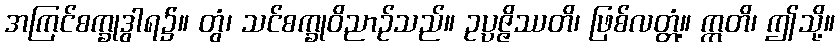
အကြင်စက္ခုဒွါရ၌။ တွံ၊ သင်စက္ခုဝိညာဉ်သည်။ ဥပ္ပဇ္ဇိဿတိ၊ ဖြစ်လတ္တံ့။ ဣတိ၊ ဤသို့။